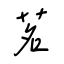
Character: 茗